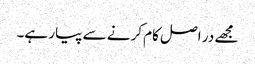
مجھے در اصل کام کرنے سے پیار ہے۔